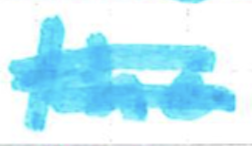
Text: the
Cross-out: double-line
Writing tool: marker